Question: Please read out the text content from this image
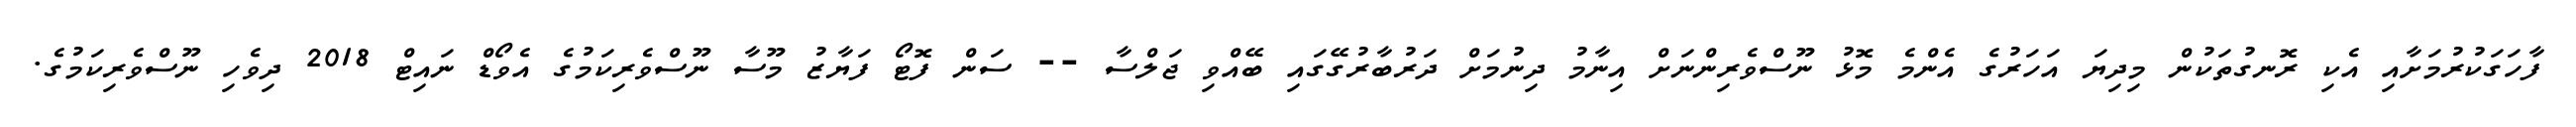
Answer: ފާހަގަކުރުމަށާއި އެކި ރޮނގުތަކުން މިދިޔަ އަހަރުގެ އެންމެ މޮޅު ނޫސްވެރިންނަށް އިނާމު ދިނުމަށް ދަރުބާރުގޭގައި ބޭއްވި ޖަލްސާ -- ސަން ފޮޓޯ ފަޔާޒު މޫސާ ނޫސްވެރިކަމުގެ އެވޯޑް ނައިޓް 2018 ދިވެހި ނޫސްވެރިކަމުގެ.